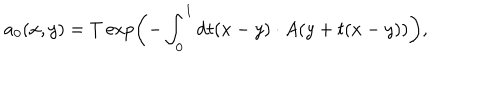
LaTeX: a _ { 0 } ( x , y ) = T \exp \left( - \int _ { 0 } ^ { 1 } \mathrm { d } t ( x - y ) \cdot A ( y + t ( x - y ) ) \right) ,